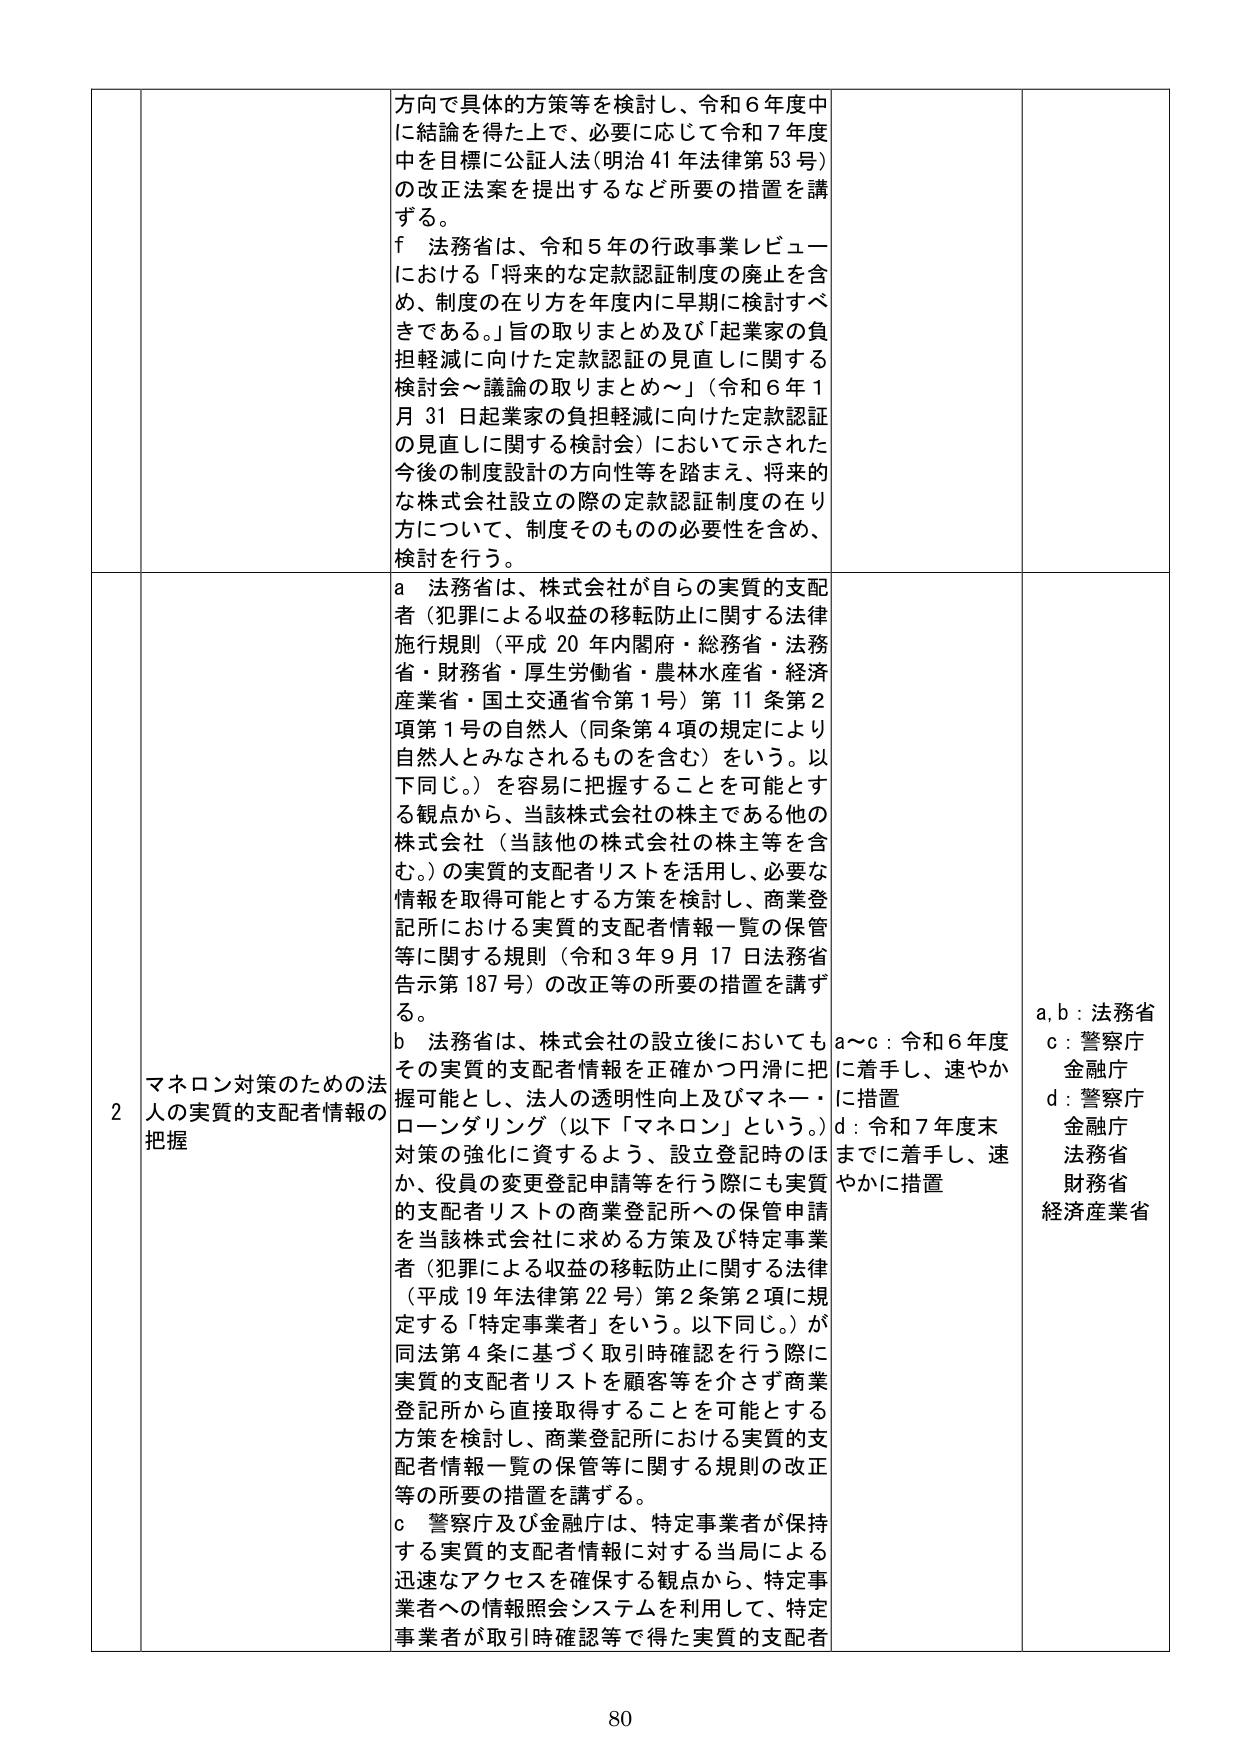
方向で具体的方策等を検討し、令和６年度中に結論を得た上で、必要に応じて令和７年度中を目標に公証人法（明治41年法律第53号）の改正法案を提出するなど所要の措置を講ずる。

f 法務省は、令和５年の行政事業レビューにおける「将来的な定款認証制度の廃止を含め、制度の在り方を年度内に早期に検討すべきである。」旨の取りまとめ及び「起業家の負担軽減に向けた定款認証の見直しに関する検討会～議論の取りまとめ～」（令和６年１月31日起業家の負担軽減に向けた定款認証の見直しに関する検討会）において示された今後の制度設計の方向性等を踏まえ、将来的な株式会社設立の際の定款認証制度の在り方について、制度そのものの必要性を含め、検討を行う。

2 マネロン対策のための法人の実質的支配者情報の把握

a 法務省は、株式会社が自らの実質的支配者（犯罪による収益の移転防止に関する法律施行規則（平成20年内閣府・総務省・法務省・財務省・厚生労働省・農林水産省・経済産業省・国土交通省令第1号）第11条第2項第1号の自然人（同条第4項の規定により自然人とみなされるものを含む）をいう。以下同じ。）を容易に把握することを可能とする観点から、当該株式会社の株主である他の株式会社（当該他の株式会社の株主等を含む。）の実質的支配者リストを活用し、必要な情報を取得可能とする方策を検討し、商業登記所における実質的支配者情報一覧の保管等に関する規則（令和3年9月17日法務省告示第187号）の改正等の所要の措置を講ずる。

b 法務省は、株式会社の設立後においてもその実質的支配者情報を正確かつ円滑に把握可能とし、法人の透明性向上及びマネー・ローンダリング（以下「マネロン」という。）対策の強化に資するよう、設立登記時のほか、役員の変更登記申請等を行う際にも実質的支配者リストの商業登記所への保管申請を当該株式会社に求める方策及び特定事業者（犯罪による収益の移転防止に関する法律（平成19年法律第22号）第2条第2項に規定する「特定事業者」をいう。以下同じ。）が同法第4条に基づく取引時確認を行う際に実質的支配者リストを顧客等を介さず商業登記所から直接取得することを可能とする方策を検討し、商業登記所における実質的支配者情報一覧の保管等に関する規則の改正等の所要の措置を講ずる。

c 警察庁及び金融庁は、特定事業者が保持する実質的支配者情報に対する当局による迅速なアクセスを確保する観点から、特定事業者への情報照会システムを利用して、特定事業者が取引時確認等で得た実質的支配者

a～c：令和6年度に着手し、速やかに措置
d：令和7年度末までに着手し、速やかに措置

a,b：法務省
c：警察庁 金融庁
d：警察庁 金融庁 法務省 財務省 経済産業省

80